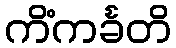
ကိံကင်္ခတိ